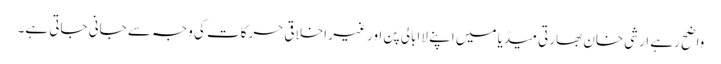
واضح رہے ارشی خان بھارتی میڈیا میں اپنے لاابالی پن اور غیر اخلاقی حرکات کی وجہ سے جانی جاتی ہے۔